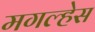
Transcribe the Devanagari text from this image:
मगल्हेस